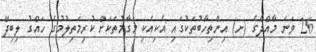
26 ވަނަ މާއްދާގެ (ށ) އިންތިހާބުތަކުގައި އެކިއެކި މަގާމުތަކަށް ކުރިމަތިލުމުގެ ހައްގު ލިބިދޭ